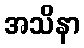
အသိနာ